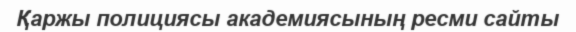
Қаржы полициясы академиясының ресми сайты